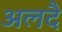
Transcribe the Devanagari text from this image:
अलदै